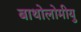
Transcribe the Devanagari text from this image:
बाथोलोमीयु